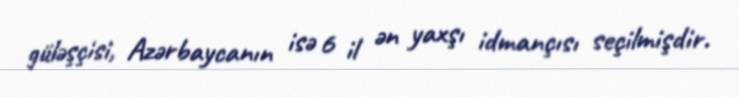
güləşçisi, Azərbaycanın isə 6 il ən yaxşı idmançısı seçilmişdir.